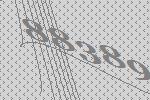
88389